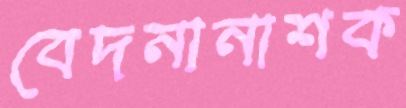
বেদনানাশক